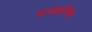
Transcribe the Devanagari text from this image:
मायक्रोसिम